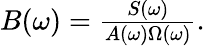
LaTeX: \begin{array}{r}{B(\omega)=\frac{S(\omega)}{A(\omega)\Omega(\omega)}.}\end{array}